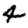
Digit: 4